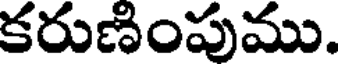
కరుణింపుము.